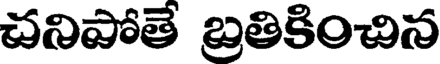
చనిపోతే బ్రతికించిన